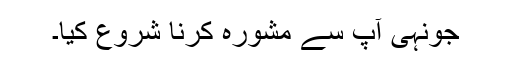
جونہی آپ سے مشورہ کرنا شروع کِیا۔